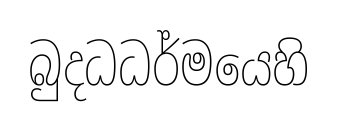
බුදධධර්මයෙහි